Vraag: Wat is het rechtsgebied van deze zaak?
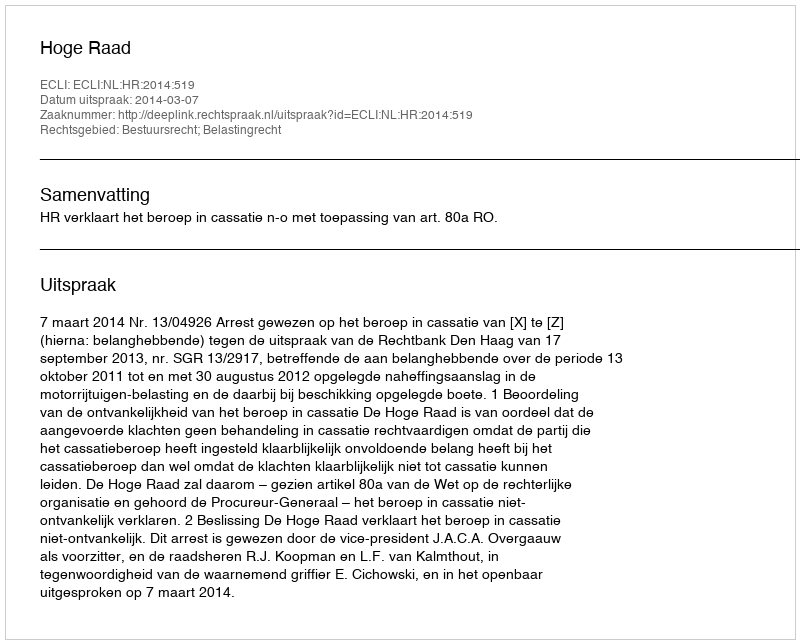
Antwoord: Bestuursrecht; Belastingrecht